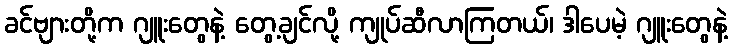
ခင်ဗျားတို့က ဂျူးတွေနဲ့ တွေ့ချင်လို့ ကျုပ်ဆီလာကြတယ်၊ ဒါပေမဲ့ ဂျူးတွေနဲ့